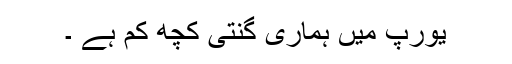
یورپ میں ہماری گنتی کچھ کم ہے ۔